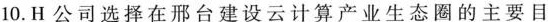
10.H公司选择在邢台建设云计算产业生态圈的主要目